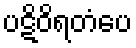
ပဋိဝိရတံပေ